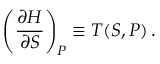
\left( { \frac { \partial H } { \partial S } } \right) _ { P } \equiv T ( S , P ) \, .